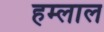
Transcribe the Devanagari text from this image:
हम्लाल